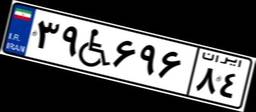
۹۰W۶۹۰۰۱